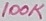
Text: 100K